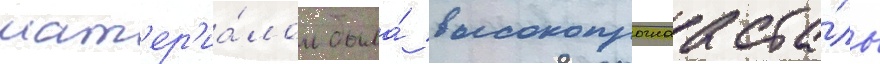
мат'ер'иа́лом была́ высокопрочнаа ста́ль